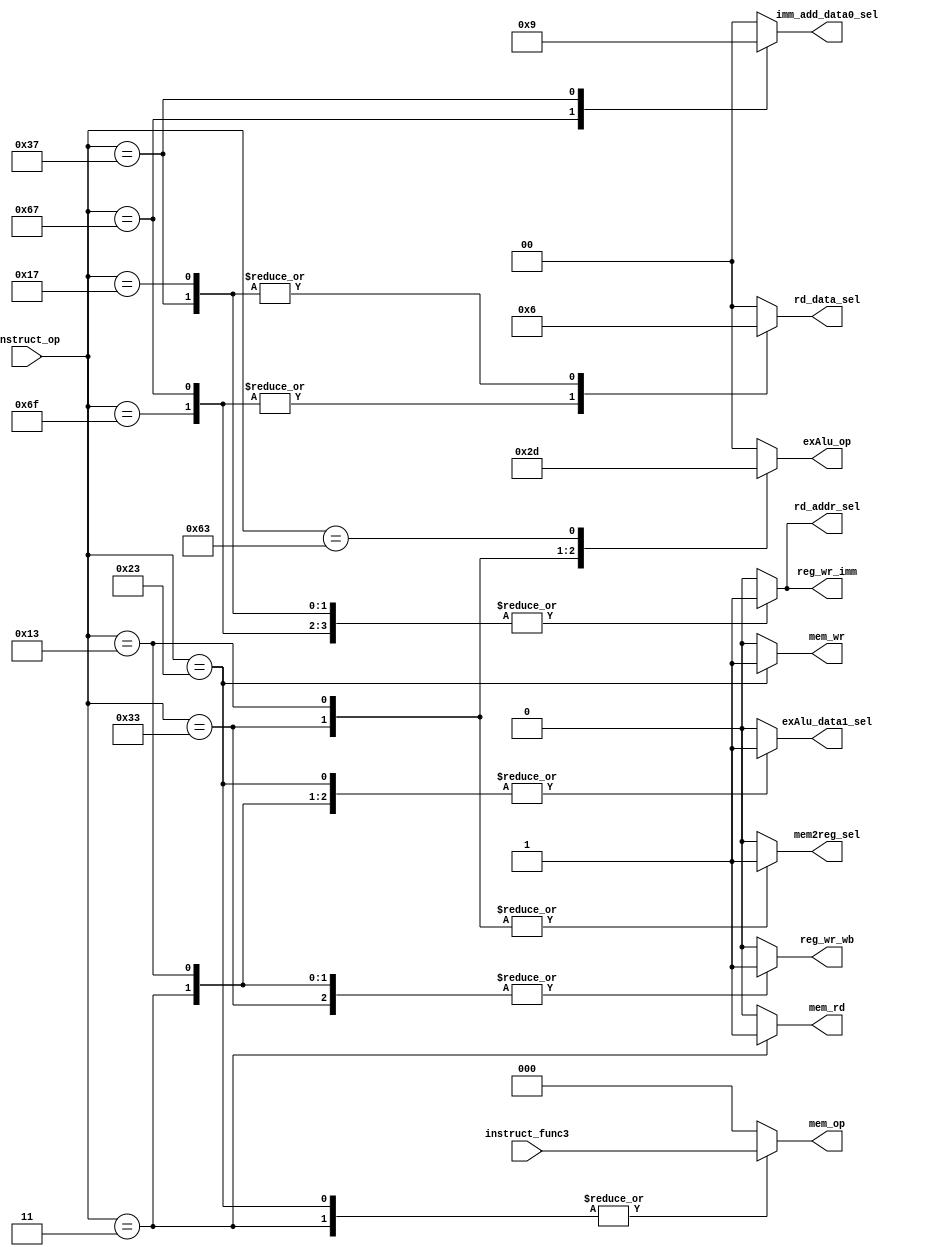
module  main_ctrl(
    //input data
    input       [6:0]   instruct_op         ,
    input       [2:0]   instruct_func3      ,
    //output data

    output  reg [1:0]   imm_add_data0_sel   ,
    output  reg [1:0]   rd_data_sel         ,
    output  reg         rd_addr_sel         ,
    output  reg         reg_wr_imm          ,

    output  reg         reg_wr_wb           ,
    output  reg         mem2reg_sel         ,
    output  reg [1:0]   exAlu_op            ,
    output  reg         mem_wr              ,
    output  reg         mem_rd              ,
    output  reg [2:0]   mem_op              ,
    output  reg         exAlu_data1_sel     
);


//=================================================================================
// Parameter declaration
//=================================================================================

localparam      R_OP        = 7'b0110011    ;
localparam      LD_OP       = 7'b0000011    ;
localparam      I_OP        = 7'b0010011    ;
localparam      S_OP        = 7'b0100011    ;
localparam      B_OP        = 7'b1100011    ;
localparam      JAL_OP      = 7'b1101111    ;
localparam      JALR_OP     = 7'b1100111    ;
localparam      LUI_OP      = 7'b0110111    ;
localparam      AUIPC_OP    = 7'b0010111    ;

//=================================================================================
// Signal declaration
//=================================================================================


//=================================================================================
// Body
//=================================================================================

always @(instruct_op) begin
    case(instruct_op)
        R_OP :  begin
            reg_wr_imm        = 1'b0;
            imm_add_data0_sel = 2'b00;
            rd_data_sel       = 2'b00;
            rd_addr_sel       = 1'b0;

            reg_wr_wb         = 1'b1;
            mem2reg_sel       = 1'b1;
            exAlu_op          = 2'b10;
            mem_wr            = 1'b0;
            mem_rd            = 1'b0;
            exAlu_data1_sel   = 1'b0;
        end
        LD_OP : begin
            reg_wr_imm        = 1'b0;
            imm_add_data0_sel = 2'b00;
            rd_data_sel       = 2'b00;
            rd_addr_sel       = 1'b0;

            reg_wr_wb         = 1'b1;
            mem2reg_sel       = 1'b0;
            exAlu_op          = 2'b00;
            mem_wr            = 1'b0;
            mem_rd            = 1'b1;
            exAlu_data1_sel   = 1'b1;
        end
        I_OP : begin
            reg_wr_imm        = 1'b0;
            imm_add_data0_sel = 2'b00;
            rd_data_sel       = 2'b00;
            rd_addr_sel       = 1'b0;

            reg_wr_wb         = 1'b1;
            mem2reg_sel       = 1'b1;
            exAlu_op          = 2'b11;
            mem_wr            = 1'b0;
            mem_rd            = 1'b0;
            exAlu_data1_sel   = 1'b1;
        end
        S_OP : begin
            reg_wr_imm        = 1'b0;
            imm_add_data0_sel = 2'b00;
            rd_data_sel       = 2'b00;
            rd_addr_sel       = 1'b0;

            reg_wr_wb         = 1'b0;
            mem2reg_sel       = 1'b0;
            exAlu_op          = 2'b00;
            mem_wr            = 1'b1;
            mem_rd            = 1'b0;
            exAlu_data1_sel   = 1'b1;
        end
        B_OP : begin
            reg_wr_imm        = 1'b0;
            imm_add_data0_sel = 2'b00;
            rd_data_sel       = 2'b00;
            rd_addr_sel       = 1'b0;

            reg_wr_wb         = 1'b0;
            mem2reg_sel       = 1'b0;
            exAlu_op          = 2'b01;
            mem_wr            = 1'b0;
            mem_rd            = 1'b0;
            exAlu_data1_sel   = 1'b0;
        end
        JAL_OP : begin
            reg_wr_imm        = 1'b1;
            imm_add_data0_sel = 2'b00;
            rd_data_sel       = 2'b01;
            rd_addr_sel       = 1'b1;

            reg_wr_wb         = 1'b0;
            mem2reg_sel       = 1'b0;
            exAlu_op          = 2'b00;
            mem_wr            = 1'b0;
            mem_rd            = 1'b0;
            exAlu_data1_sel   = 1'b0;
        end
        JALR_OP : begin
            reg_wr_imm        = 1'b1;
            imm_add_data0_sel = 2'b10;
            rd_data_sel       = 2'b01;
            rd_addr_sel       = 1'b1;

            reg_wr_wb         = 1'b0;
            mem2reg_sel       = 1'b0;
            exAlu_op          = 2'b00;
            mem_wr            = 1'b0;
            mem_rd            = 1'b0;
            exAlu_data1_sel   = 1'b0;
        end
        LUI_OP : begin
            reg_wr_imm        = 1'b1;
            imm_add_data0_sel = 2'b01;
            rd_data_sel       = 2'b10;
            rd_addr_sel       = 1'b1;

            reg_wr_wb         = 1'b0;
            mem2reg_sel       = 1'b0;
            exAlu_op          = 2'b00;
            mem_wr            = 1'b0;
            mem_rd            = 1'b0;
            exAlu_data1_sel   = 1'b0;
        end
        AUIPC_OP : begin
            reg_wr_imm        = 1'b1;
            imm_add_data0_sel = 2'b00;
            rd_data_sel       = 2'b10;
            rd_addr_sel       = 1'b1;

            reg_wr_wb         = 1'b0;
            mem2reg_sel       = 1'b0;
            exAlu_op          = 2'b00;
            mem_wr            = 1'b0;
            mem_rd            = 1'b0;
            exAlu_data1_sel   = 1'b0;
        end
        default : begin
            reg_wr_imm        = 1'b0;
            imm_add_data0_sel = 2'b00;
            rd_data_sel       = 2'b00;
            rd_addr_sel       = 1'b0;
            reg_wr_wb         = 1'b0;
            mem2reg_sel       = 1'b0;
            exAlu_op          = 2'b00;
            mem_wr            = 1'b0;
            mem_rd            = 1'b0;
            exAlu_data1_sel   = 1'b0;
        end
    endcase
end


always @(*)begin
    case(instruct_op)
        LD_OP,S_OP : mem_op = instruct_func3;
        default : mem_op = 3'd0;
    endcase
    
end

endmodule